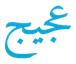
عجيج